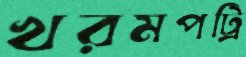
খরমপট্রি